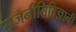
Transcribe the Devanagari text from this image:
राजनीतिविज्ञानी